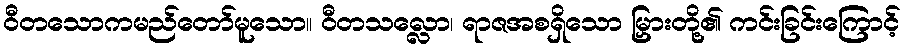
ဝီတသောကမည်တော်မူသော။ ဝီတသလ္လော၊ ရာဇအစရှိသော မြှားတို့၏ ကင်းခြင်းကြောင့်